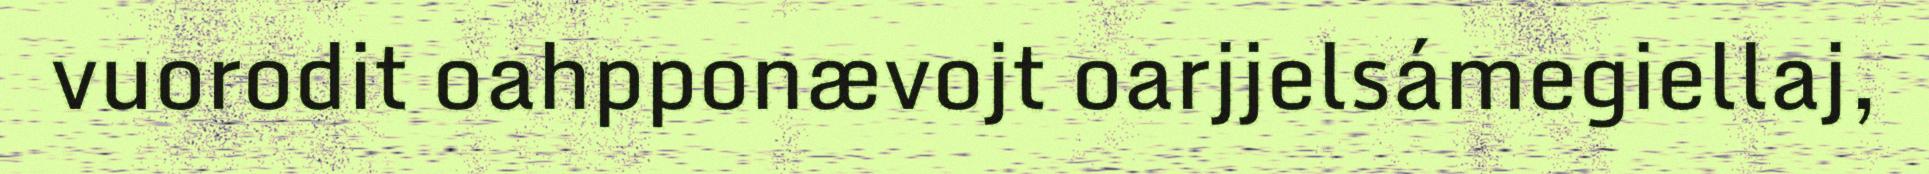
vuorodit oahpponævojt oarjjelsámegiellaj,